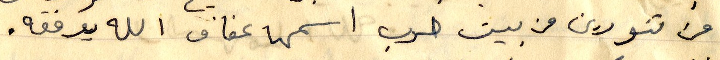
من تنورين من بيت حرب اسمها عفاف الله يوفقه.